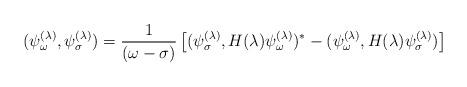
LaTeX: \begin{align*}(\psi^{(\lambda)}_\omega,\psi^{(\lambda)}_\sigma)={1 \over (\omega-\sigma)}\left[(\psi^{(\lambda)}_\sigma,H(\lambda)\psi^{(\lambda)}_\omega)^{*}-(\psi^{(\lambda)}_\omega,H(\lambda)\psi^{(\lambda)}_\sigma)\right]~~~\end{align*}